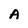
Character: A